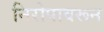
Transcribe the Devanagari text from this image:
निरोपावरून